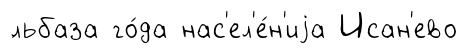
́льбаза го́да нас'ел'е́н'иjа Исан'ево